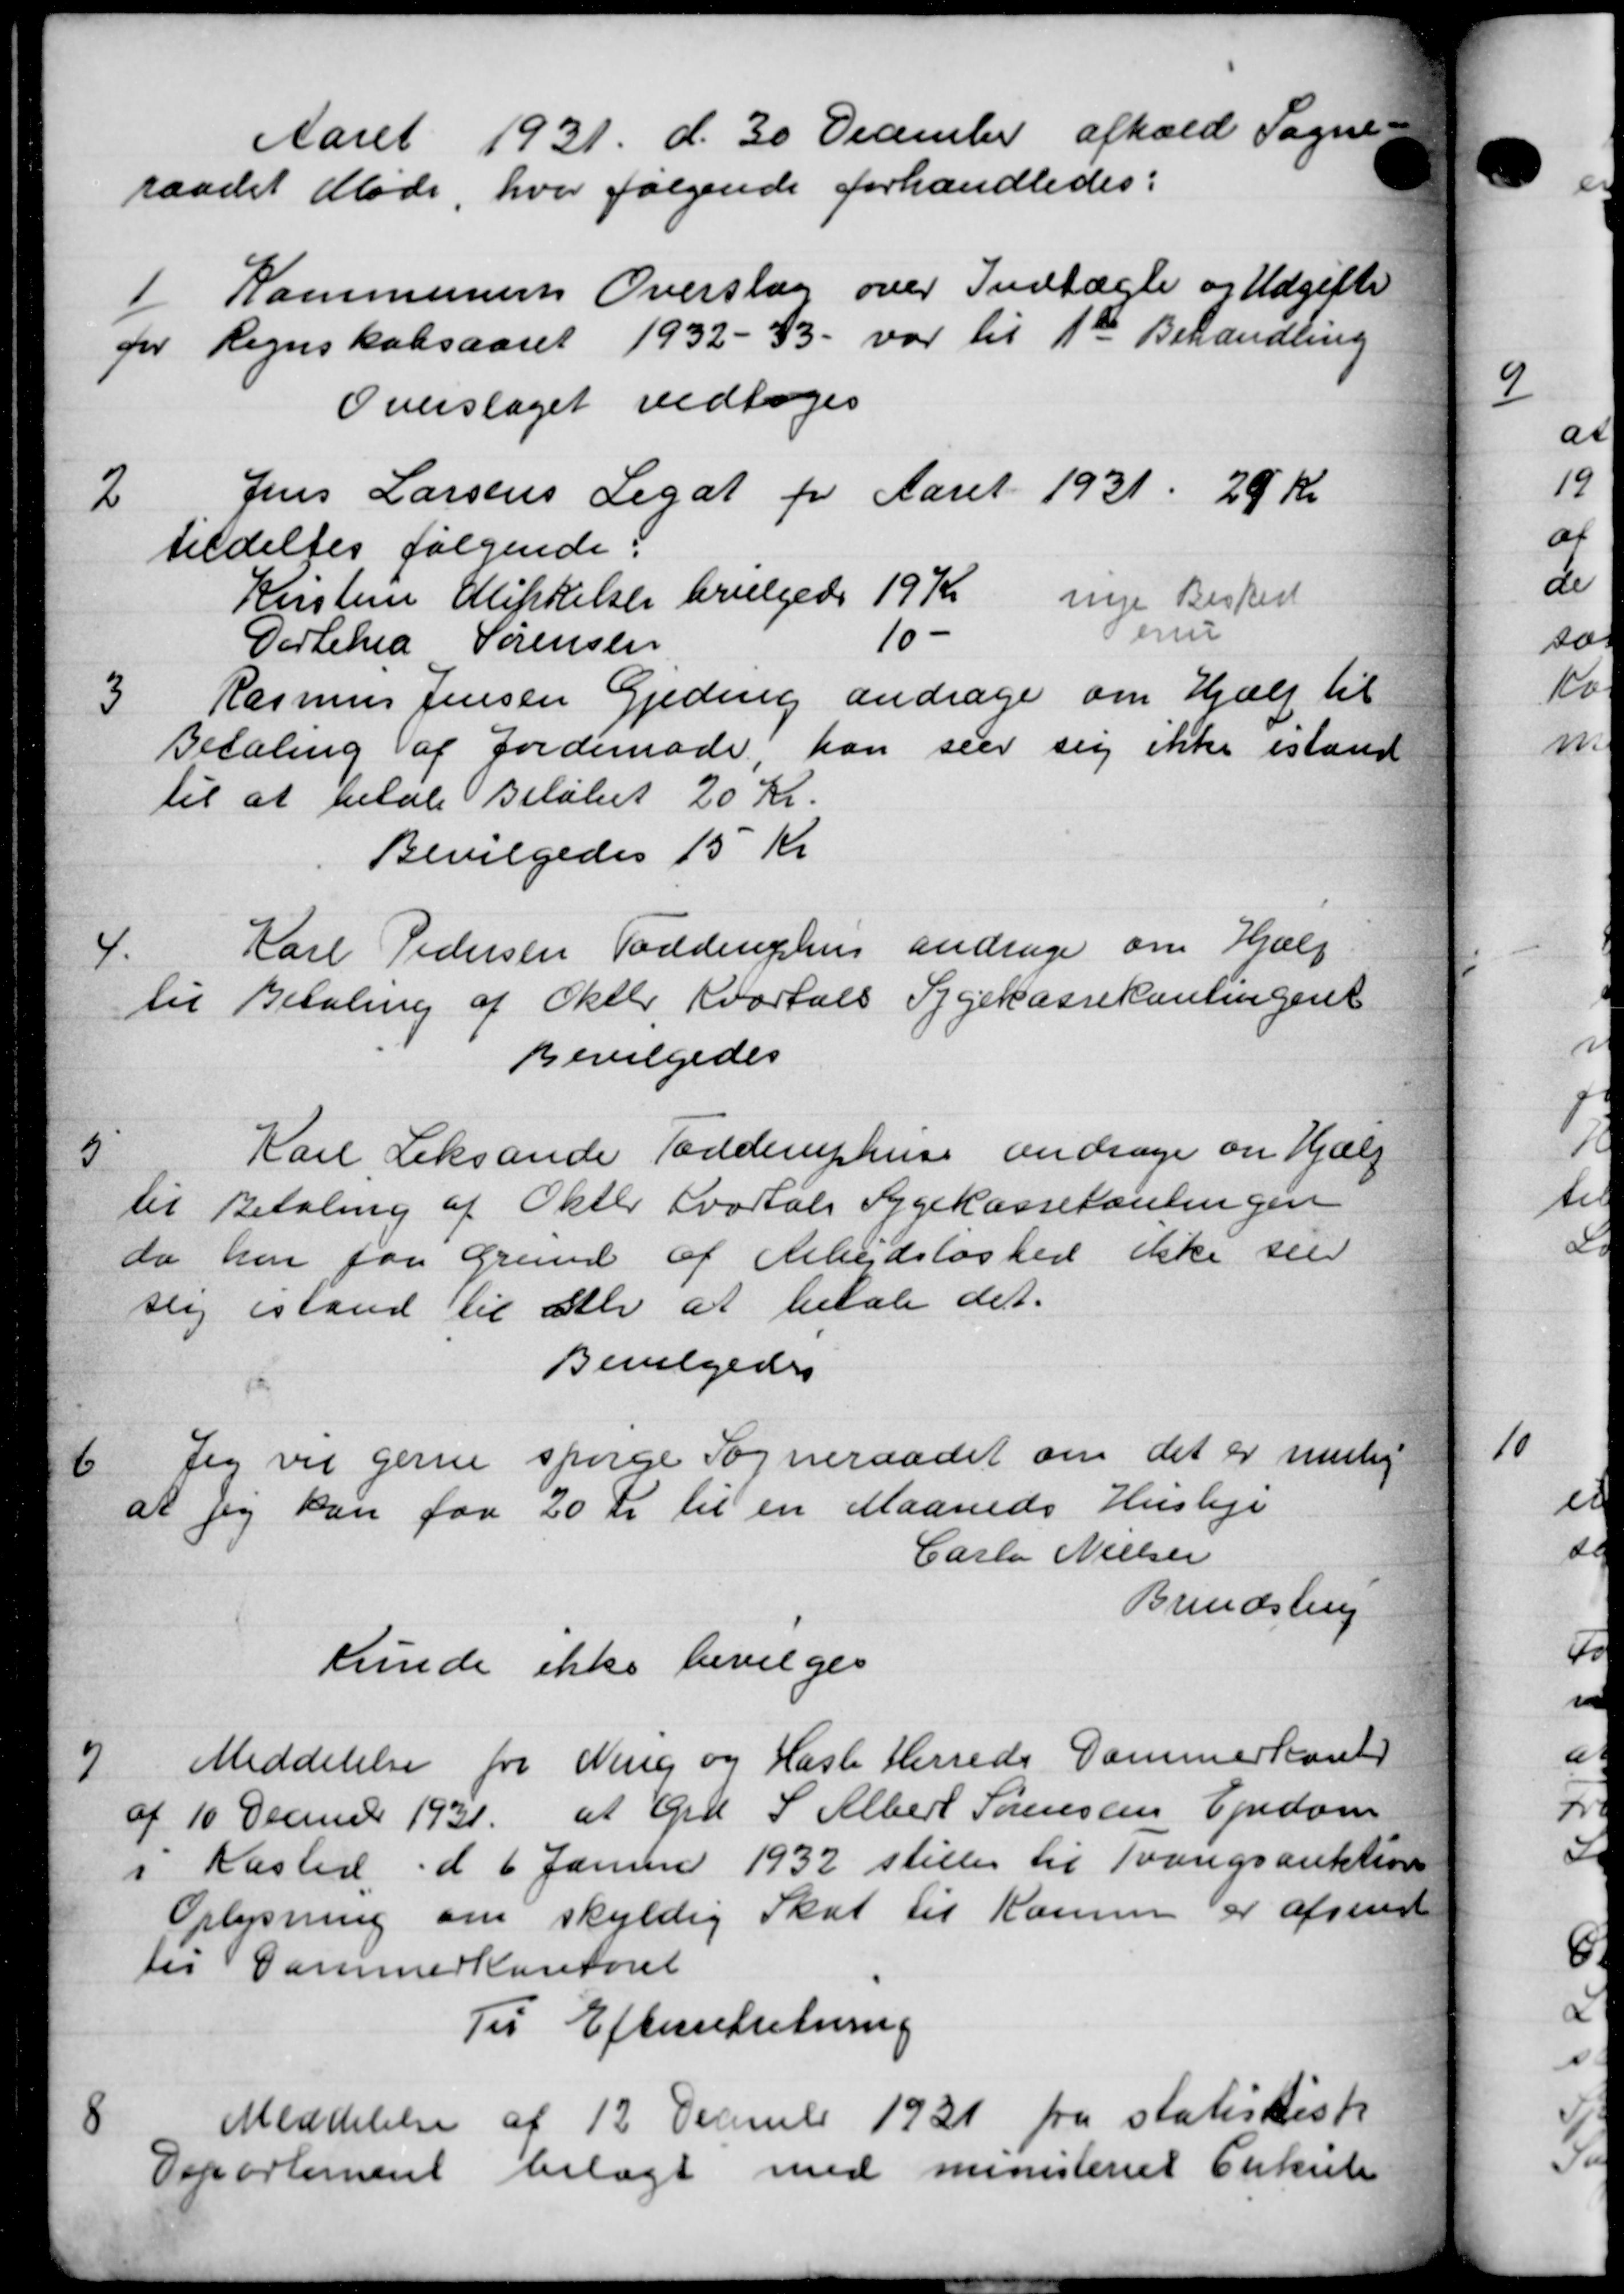
Transskription:
Aaret 1931 d. 30 December afhold Sogne
raadet Møde, hvor følgende forhandledes:
1
Kommunens Overslag over Indtægte og Udgifter
for Regnskabsaaret 1932 - 33 var til 1ste Behandling
Overslaget vedtoges
2
Jens Larsens Legat for Aaret 1931 29 kr
tildeltes følgende:
Kirstine Mikkelsen bevilgedes 19 Kr nye Besked
Dorthea Sørensen 10 - Peru
3
Rasmus Jensen Gjeding andrager om Hjælp til
Betaling af Jordemode, han seer sig ikke istand
til at betale Beløbet 20 Kr.
Bevilgedes 15 Kr
4.
Karl Pedersen Toddinghus andrager om Hjælp
til Betaling af Oktbr Kvartals Sygekassekontingent
Bevilgedes
5
Karl Leksande Todderuphus andrage om Hjælp
til Betaling af Okter Kvartals Sygekassehanlingen
da han faa Grund af Arbejdsløshed ikke seer
sig istand til alle at betale det.
Bevilgedes
6
Jeg vil gerne spørge Sogneraadet om det er mulig
at jeg kan for 20 Kr til en Maaneds Husleje
Carla Nielsen
Brendstrup
Kunde ikke bevilges
7
Meddelelse fra Ning og Hasle Herreds Dammerkant
af 10 December 1931 at Grd. S. Albert Sørensens Ejendom
i Kasted d 6 Januar 1932 stiller til Tvangsauktion
Oplysning om skyldig Skat til Komme er afsendt
tes Sammerkontoret
Til Efterretntning
8
Meddelelse af 12 December 1931 fra statiskisk
Esportement bilagt med ministeriet Cirkulær